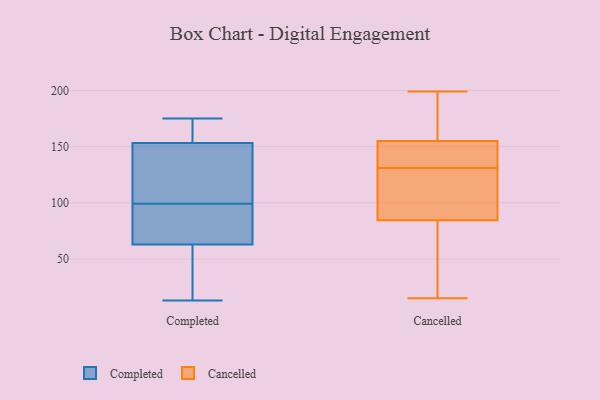
{"axis": {"x": "Website Visitors", "y": "Value"}, "legend": ["Cancelled", "Completed"], "data": [{"x": "", "y": 99, "type": "Completed"}, {"x": "", "y": 172, "type": "Completed"}, {"x": "", "y": 95, "type": "Completed"}, {"x": "", "y": 53, "type": "Completed"}, {"x": "", "y": 109, "type": "Completed"}, {"x": "", "y": 153, "type": "Completed"}, {"x": "", "y": 134, "type": "Completed"}, {"x": "", "y": 66, "type": "Completed"}, {"x": "", "y": 87, "type": "Completed"}, {"x": "", "y": 154, "type": "Completed"}, {"x": "", "y": 22, "type": "Completed"}, {"x": "", "y": 94, "type": "Completed"}, {"x": "", "y": 46, "type": "Completed"}, {"x": "", "y": 112, "type": "Completed"}, {"x": "", "y": 13, "type": "Completed"}, {"x": "", "y": 164, "type": "Completed"}, {"x": "", "y": 175, "type": "Completed"}, {"x": "", "y": 114, "type": "Cancelled"}, {"x": "", "y": 140, "type": "Cancelled"}, {"x": "", "y": 199, "type": "Cancelled"}, {"x": "", "y": 15, "type": "Cancelled"}, {"x": "", "y": 158, "type": "Cancelled"}, {"x": "", "y": 87, "type": "Cancelled"}, {"x": "", "y": 56, "type": "Cancelled"}, {"x": "", "y": 62, "type": "Cancelled"}, {"x": "", "y": 131, "type": "Cancelled"}, {"x": "", "y": 184, "type": "Cancelled"}, {"x": "", "y": 123, "type": "Cancelled"}, {"x": "", "y": 77, "type": "Cancelled"}, {"x": "", "y": 154, "type": "Cancelled"}, {"x": "", "y": 141, "type": "Cancelled"}, {"x": "", "y": 96, "type": "Cancelled"}, {"x": "", "y": 188, "type": "Cancelled"}, {"x": "", "y": 144, "type": "Cancelled"}]}